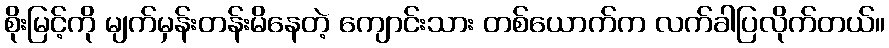
စိုးမြင့်ကို မျက်မှန်းတန်းမိနေတဲ့ ကျောင်းသား တစ်ယောက်က လက်ခါပြလိုက်တယ်။